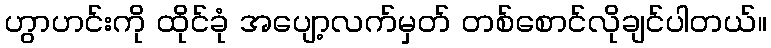
ဟွာဟင်းကို ထိုင်ခုံ အပျော့လက်မှတ် တစ်စောင်လိုချင်ပါတယ်။